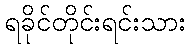
ရခိုင်တိုင်းရင်းသား